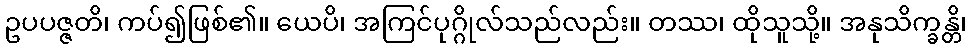
ဥပပဇ္ဇတိ၊ ကပ်၍ဖြစ်၏။ ယေပိ၊ အကြင်ပုဂ္ဂိုလ်သည်လည်း။ တဿ၊ ထိုသူသို့။ အနုသိက္ခန္တိ၊